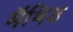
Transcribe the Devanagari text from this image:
मॅथिउ